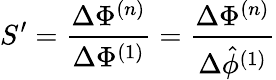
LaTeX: S^{\prime}=\frac{\Delta\Phi^{(n)}}{\Delta\Phi^{(1)}}=\frac{\Delta\Phi^{(n)}}{\Delta\hat{\phi}^{(1)}}